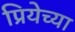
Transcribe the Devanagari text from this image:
प्रियेच्या